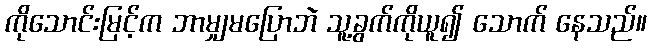
ကိုသောင်းမြင့်က ဘာမျှမပြောဘဲ သူ့ခွက်ကိုယူ၍ သောက် နေသည်။